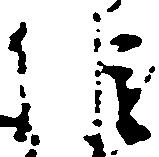
維